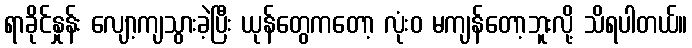
ရာခိုင်နှုန်း လျော့ကျသွားခဲ့ပြီး ယုန်တွေကတော့ လုံးဝ မကျန်တော့ဘူးလို့ သိရပါတယ်။